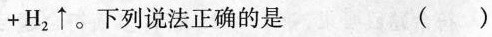
+\mathrm{H}_{2} \uparrow。下列说法正确的是 ()